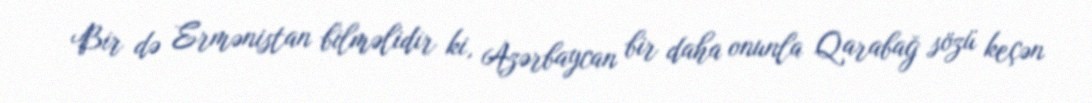
Bir də Ermənistan bilməlidir ki, Azərbaycan bir daha onunla Qarabağ sözü keçən